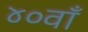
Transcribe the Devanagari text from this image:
४०वाँ